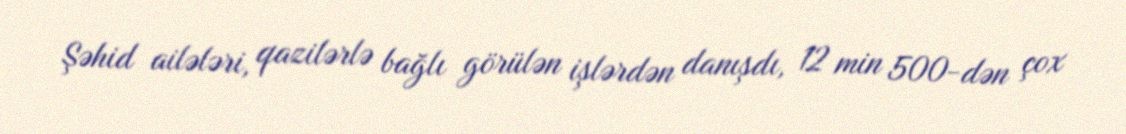
Şəhid ailələri, qazilərlə bağlı görülən işlərdən danışdı, 12 min 500-dən çox